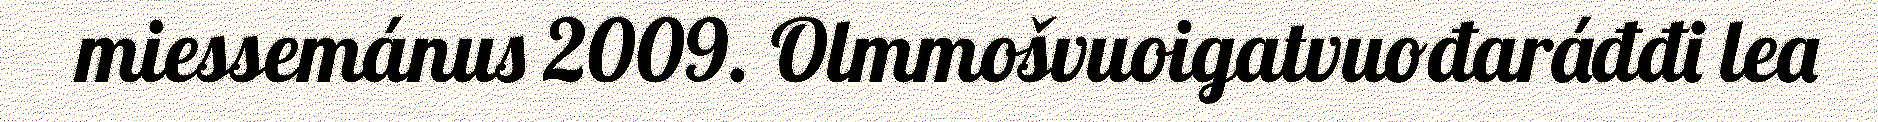
miessemánus 2009. Olmmošvuoigatvuođaráđđi lea